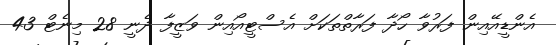
އެންޑީއޭއިން ފަރުވާ ހޯދާ ފަރާތްތަކަށް އެސްޓީއޯއިން ވަޒީފާ ދެނީ 28 މިނެޓް 43